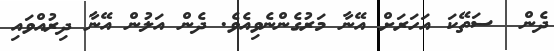
ދެން  ސަތޭކަ އަހަރަށް އޭނާ މަރުގެންނެވިއެވެ. ދެން އަލުން އޭނާ ދިރުއްވައި